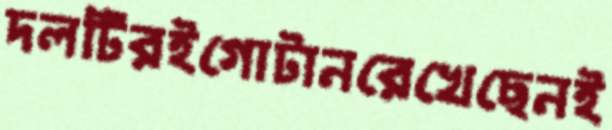
দলটিরইগোটানরেখেছেনই